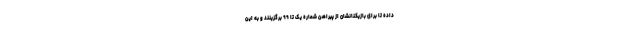
داده تا برای بازیکنانشان از پیراهن شماره یک تا ۹۹ برگزینند و به‌ این